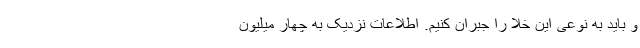
و باید به نوعی این خلا را جبران کنیم. اطلاعات نزدیک به چهار میلیون